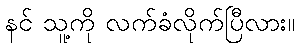
နင် သူ့ကို လက်ခံလိုက်ပြီလား။